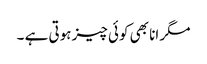
مگر انا بھی کوئی چیز ہوتی ہے ۔